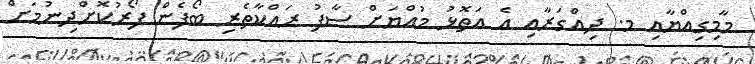
މާމިގިއްޔާއި މ. ދިއްގަރާއި އެ އަތޮޅު މުއްޔަށް ސާފު ރައްކާތެރި ބޯފެން ފޯރުކޮށްދިނުމަށް